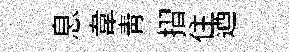
息韋青摺住迺